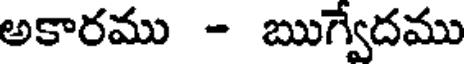
అకారము - ఋగ్వేదము